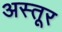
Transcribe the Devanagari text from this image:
अस्तूर